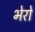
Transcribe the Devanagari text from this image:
भेरो